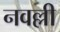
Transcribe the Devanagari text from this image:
नवल्ली